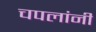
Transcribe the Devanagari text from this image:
चपलांनी